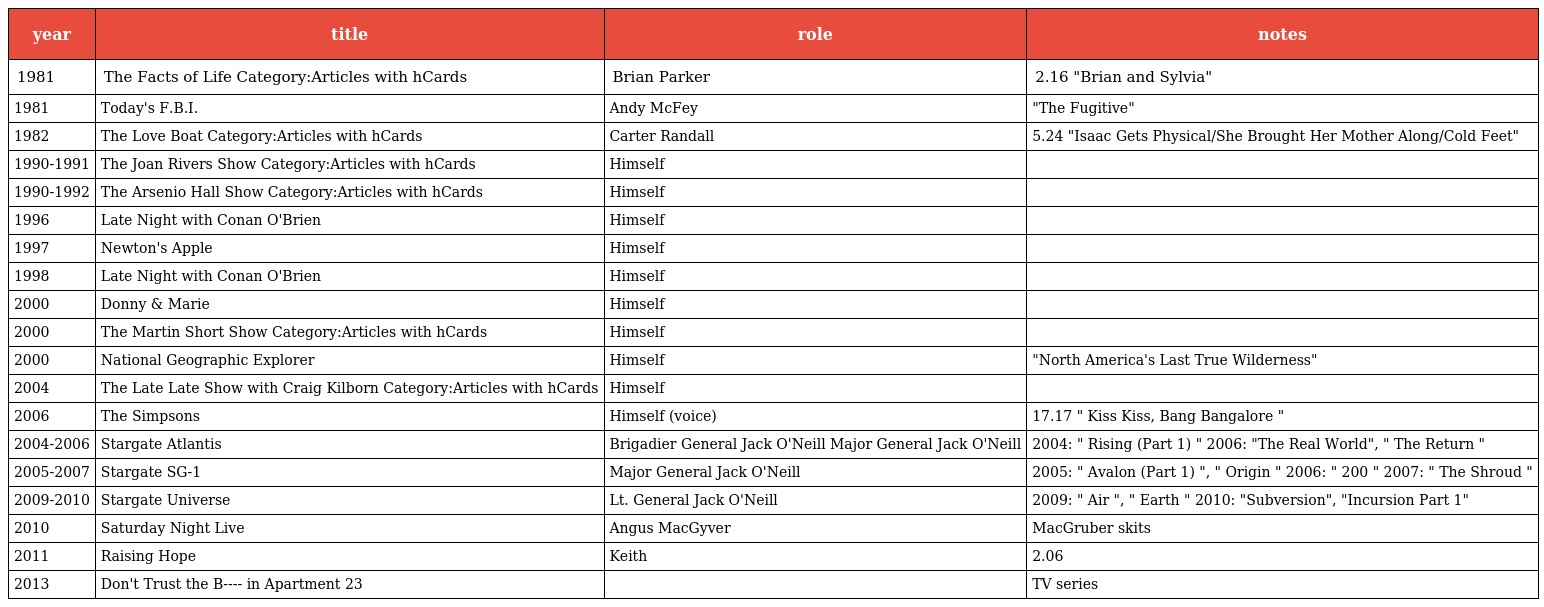
| year | title | role | notes |
 | --- | --- | --- | --- |
 | 1981 | The Facts of Life Category:Articles with hCards | Brian Parker | 2.16 "Brian and Sylvia" |
 | 1981 | Today's F.B.I. | Andy McFey | "The Fugitive" |
 | 1982 | The Love Boat Category:Articles with hCards | Carter Randall | 5.24 "Isaac Gets Physical/She Brought Her Mother Along/Cold Feet" |
 | 1990-1991 | The Joan Rivers Show Category:Articles with hCards | Himself |  |
 | 1990-1992 | The Arsenio Hall Show Category:Articles with hCards | Himself |  |
 | 1996 | Late Night with Conan O'Brien | Himself |  |
 | 1997 | Newton's Apple | Himself |  |
 | 1998 | Late Night with Conan O'Brien | Himself |  |
 | 2000 | Donny & Marie | Himself |  |
 | 2000 | The Martin Short Show Category:Articles with hCards | Himself |  |
 | 2000 | National Geographic Explorer | Himself | "North America's Last True Wilderness" |
 | 2004 | The Late Late Show with Craig Kilborn Category:Articles with hCards | Himself |  |
 | 2006 | The Simpsons | Himself (voice) | 17.17 " Kiss Kiss, Bang Bangalore " |
 | 2004-2006 | Stargate Atlantis | Brigadier General Jack O'Neill Major General Jack O'Neill | 2004: " Rising (Part 1) " 2006: "The Real World", " The Return " |
 | 2005-2007 | Stargate SG-1 | Major General Jack O'Neill | 2005: " Avalon (Part 1) ", " Origin " 2006: " 200 " 2007: " The Shroud " |
 | 2009-2010 | Stargate Universe | Lt. General Jack O'Neill | 2009: " Air ", " Earth " 2010: "Subversion", "Incursion Part 1" |
 | 2010 | Saturday Night Live | Angus MacGyver | MacGruber skits |
 | 2011 | Raising Hope | Keith | 2.06 |
 | 2013 | Don't Trust the B---- in Apartment 23 |  | TV series |